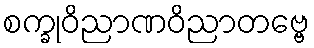
စက္ခုဝိညာဏဝိညာတဗ္ဗေ